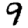
Digit: 9